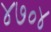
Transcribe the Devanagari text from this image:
४७०४